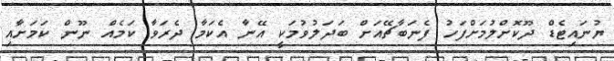
ޔުނައިޓެޑް ދޫކޮށްލުމަށްފަހު ފެނަބާޗޭއަށް ބަދަލުވުމަކީ އޭނާ އެކަމާ ދެރަވާ ކަމެއް ނޫން ކަމަށާއި